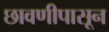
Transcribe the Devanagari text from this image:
छावणीपासून